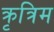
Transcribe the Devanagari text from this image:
क्रृत्रिम